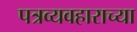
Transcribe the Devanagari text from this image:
पत्रव्यवहाराच्या